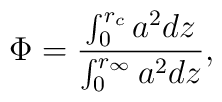
\Phi=\frac{\int^{r_c}_0a^2 dz}{\int^{r_{\infty}}_0 a^2 dz},